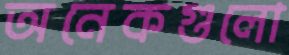
অনেকগুলো